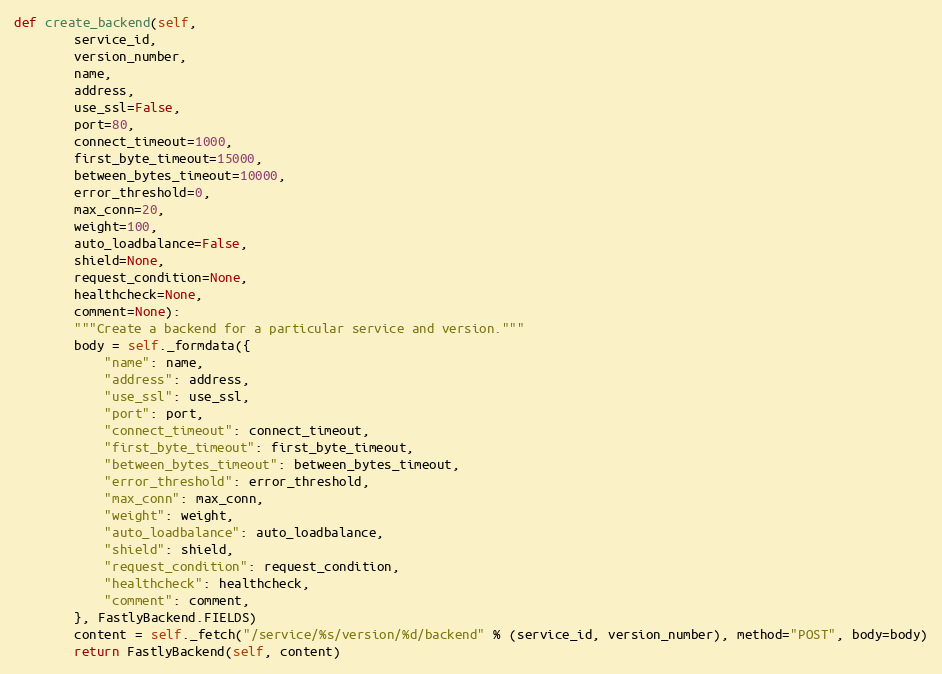
Language: Python
def create_backend(self,
		service_id,
		version_number,
		name,
		address,
		use_ssl=False,
		port=80,
		connect_timeout=1000,
		first_byte_timeout=15000,
		between_bytes_timeout=10000,
		error_threshold=0,
		max_conn=20,
		weight=100,
		auto_loadbalance=False,
		shield=None,
		request_condition=None,
		healthcheck=None,
		comment=None):
		"""Create a backend for a particular service and version."""
		body = self._formdata({
			"name": name,
			"address": address,
			"use_ssl": use_ssl,
			"port": port,
			"connect_timeout": connect_timeout,
			"first_byte_timeout": first_byte_timeout,
			"between_bytes_timeout": between_bytes_timeout,
			"error_threshold": error_threshold,
			"max_conn": max_conn,
			"weight": weight,
			"auto_loadbalance": auto_loadbalance,
			"shield": shield,
			"request_condition": request_condition,
			"healthcheck": healthcheck,
			"comment": comment,
		}, FastlyBackend.FIELDS)
		content = self._fetch("/service/%s/version/%d/backend" % (service_id, version_number), method="POST", body=body)
		return FastlyBackend(self, content)